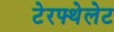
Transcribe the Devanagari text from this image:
टेरफ्थेलेट